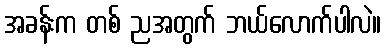
အခန်းက တစ် ညအတွက် ဘယ်လောက်ပါလဲ။